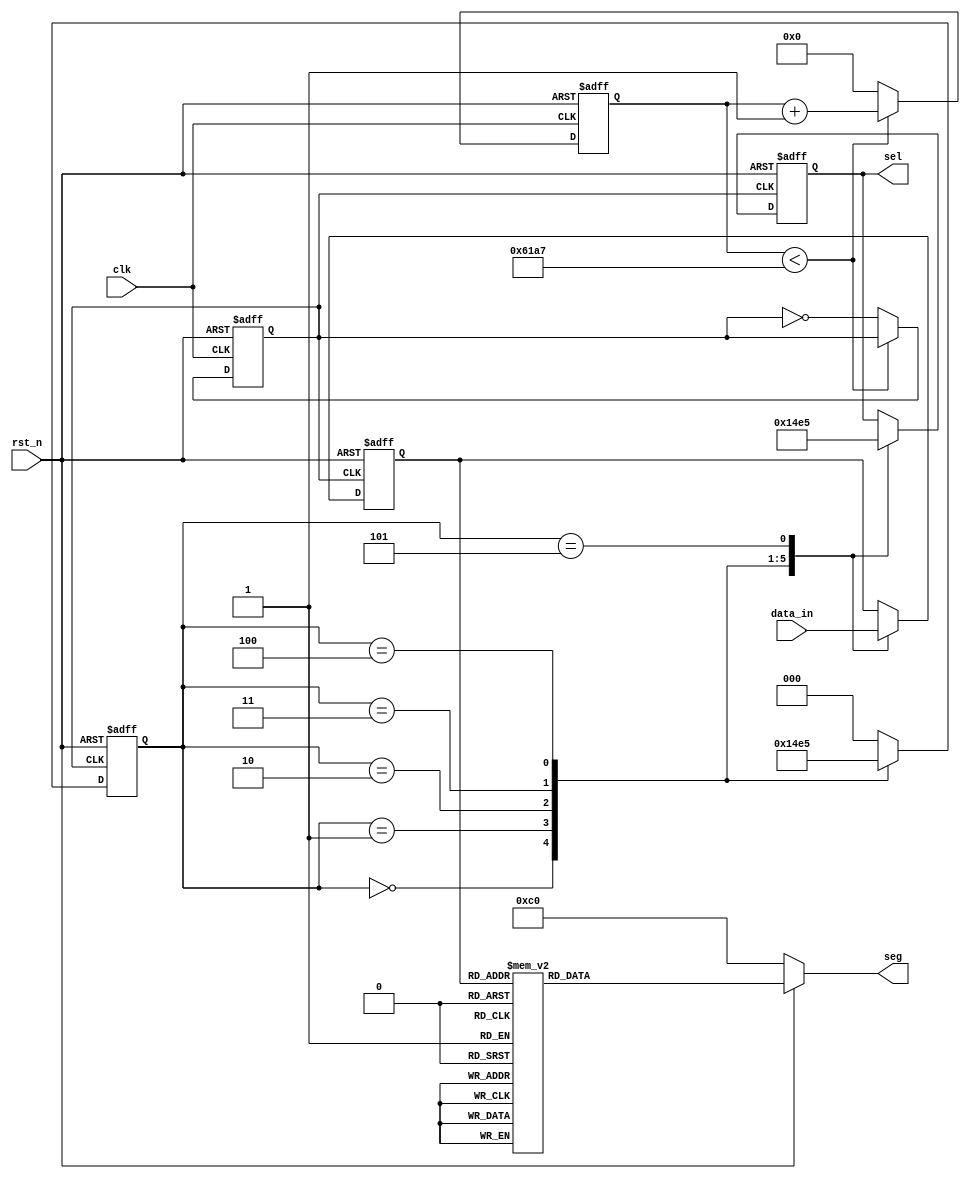

module seg7(clk, rst_n, data_in, sel, seg);

	input 		clk;
	input 		rst_n;
	input 		[23:0] data_in;
	output reg 	[2:0] sel;
	output reg 	[7:0] seg;
	
	// input [5:0]turn_off;
//	parameter data_in = 24'h123456;
	
	
	reg [2:0] state;
	reg [3:0] data_temp;
	reg [31:0] count;
	reg clk_1khz;
	
	parameter T = 50_000_000/1000/2 - 1;
//	parameter T = 5;
	
	always @ (posedge clk or negedge rst_n)
	begin
		if(!rst_n)
			begin
				count <= 32'd0;
				clk_1khz <= 0;
			end
		else
			begin
				if(count < T)
					count <= count + 1;
				else
					begin
						count <= 0;
						clk_1khz <= ~clk_1khz;
					end
			end
	end
	
	parameter s0 = 3'd0;
	parameter s1 = 3'd1;
	parameter s2 = 3'd2;
	parameter s3 = 3'd3;
	parameter s4 = 3'd4;
	parameter s5 = 3'd5;

	
	always @ (posedge clk_1khz or negedge rst_n)
	begin
		if(!rst_n)
			begin
				sel <= 3'd0;
				state <= s0;
				data_temp <= 4'd0;
			end
		else
			begin
				case(state)
					s0	:	begin
								sel <= 3'd0;
								data_temp <= data_in[23:20];
								state <= s1;
							end
				
					s1	:	begin
								sel <= 3'd1;
								data_temp <= data_in[19:16];
								state <= s2;
							end
							
					s2	:	begin
								sel <= 3'd2;
								data_temp <= data_in[15:12];
								state <= s3;
							end
							
					s3	:	begin
								sel <= 3'd3;
								data_temp <= data_in[11:8];
								state <= s4;
							end	
						
					s4	:	begin
								sel <= 3'd4;
								data_temp <= data_in[7:4];
								state <= s5;
							end
							
					s5	:	begin
								sel <= 3'd5;
								data_temp <= data_in[3:0];
								state <= s0;
							end
					default	:	state <= s0;
				endcase
			end
	end
	
		/********************/
	always @ (*)
	begin
		if(!rst_n)
			seg = 8'b1100_0000;
		else
			begin
				case(data_temp)
					4'd0	:	seg = 8'b1100_0000;
					4'd1	:	seg = 8'b1111_1001;
					4'd2	:	seg = 8'b1010_0100;
					4'd3	:	seg = 8'b1011_0000;
					
					4'd4	:	seg <= 8'b1001_1001;
					4'd5	:	seg <= 8'b1001_0010;
					4'd6	:	seg <= 8'b1000_0010;
					4'd7	:	seg <= 8'b1111_1000;
					
					4'd8	:	seg = 8'b1000_0000;
					4'd9	:	seg = 8'b1001_0000;
					4'd10	:	seg = 8'b1000_1000;
					4'd11	:	seg = 8'b1000_0011;
					
					4'd12	:	seg = 8'b1100_0110;
					4'd13	:	seg = 8'b1010_0001;
					4'd14	:	seg = 8'b1000_0110;
					4'd15	:	seg = 8'b1000_1110;
				endcase
			end
	end

endmodule